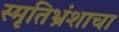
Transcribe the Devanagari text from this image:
स्मृतिभ्रंशाचा